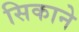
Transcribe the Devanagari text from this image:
सिकाने